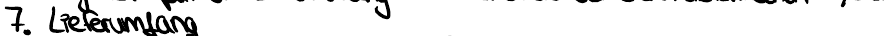
7. Lieferumfang